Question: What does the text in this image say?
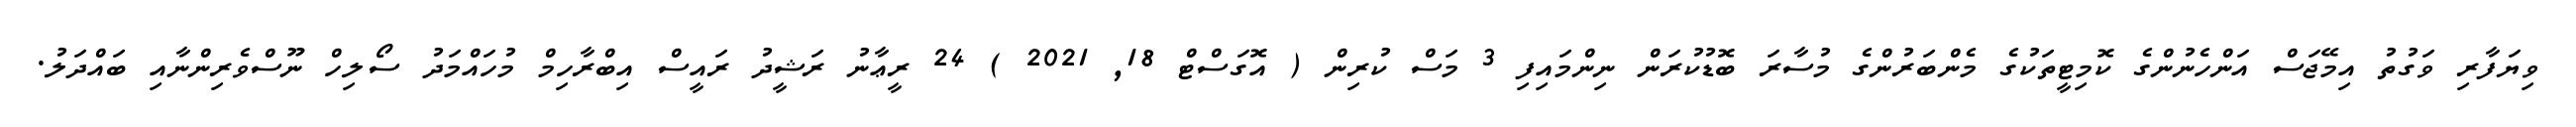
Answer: ވިޔަފާރި ވަގުތު އިމޭޖަސް އަންހެނުންގެ ކޮމިޓީތަކުގެ މެންބަރުންގެ މުސާރަ ބޮޑުކުރަން ނިންމައިފި 3 މަސް ކުރިން ( އޮގަސްޓް 18, 2021 ) 24 ރީޢާނު ރަޝީދު ރައީސް އިބްރާހިމް މުހައްމަދު ސޯލިހް ނޫސްވެރިންނާއި ބައްދަލު.